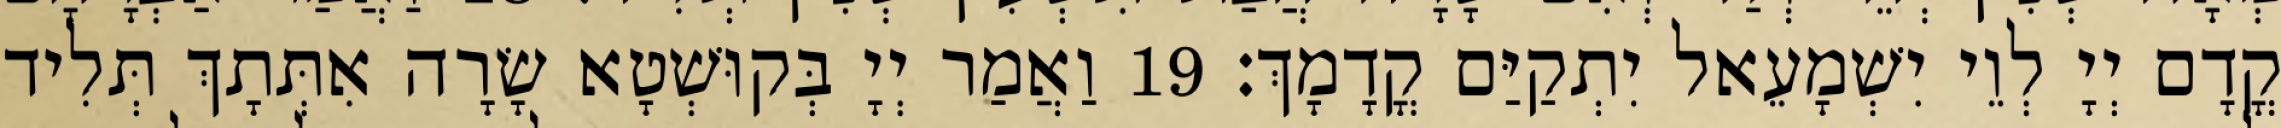
קֳדָם יְיָ לְוֵי יִשְׁמָעֵאל יִתְקַיַּם קֳדָמָךְ׃ 19 וַאֲמַר יְיָ בְּקוּשְׁטָא שָׂרָה אִתְּתָךְ תְּלִיד